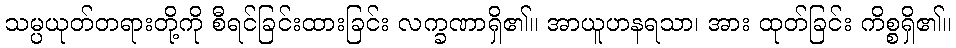
သမ္ပယုတ်တရားတို့ကို စီရင်ခြင်းထားခြင်း လက္ခဏာရှိ၏။ အာယူဟနရသာ၊ အား ထုတ်ခြင်း ကိစ္စရှိ၏။